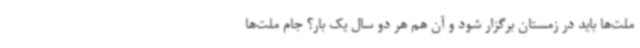
ملت‌ها باید در زمستان برگزار شود و آن هم هر دو سال یک بار؟ جام ملت‌ها